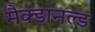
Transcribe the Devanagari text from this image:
मैक्डानल्ड